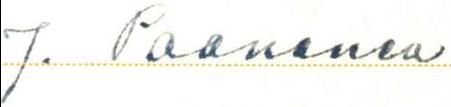
J. Paananen